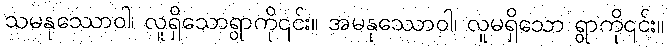
သမနုဿောဝါ၊ လူရှိသောရွာကို၎င်း။ အမနုဿောဝါ၊ လူမရှိသော ရွာကို၎င်း။